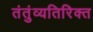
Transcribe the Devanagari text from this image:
तंतुंव्यतिरिक्त